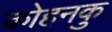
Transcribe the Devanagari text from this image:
कोहनकु